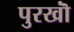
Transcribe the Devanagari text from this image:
पुरखॊं